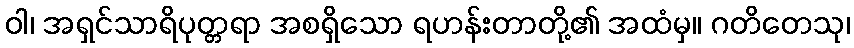
ဝါ၊ အရှင်သာရိပုတ္တရာ အစရှိသော ရဟန်းတာတို့၏ အထံမှ။ ဂတိတေသု၊